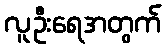
လူဦးရေအတွက်